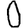
Digit: 0